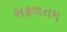
સફળતમ